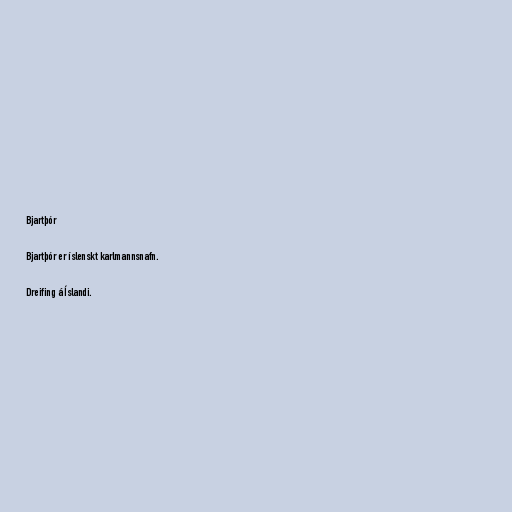
Bjartþór

Bjartþór er íslenskt karlmannsnafn.

Dreifing á Íslandi.